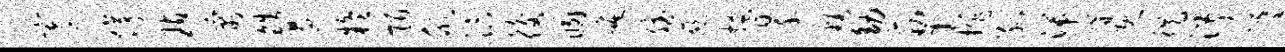
寄停玷寓皓遏疑陌欣汴後溷崦斌慈搔翠豁幼筋震排孤湍媾既徙淑摹